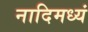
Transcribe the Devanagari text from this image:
नादिमध्यं